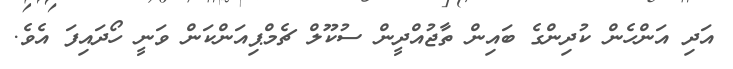
އަދި އަންހެން ކުދިންގެ ބައިން ތާޖުއްދީން ސުކޫލް ޗެމްޕިއަންކަން ވަނީ ހޯދައިފަ އެވެ.